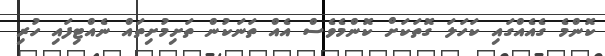
ކޮންމެ ގެއެއްގައި ކަހަލަ ގޮތަކަށް ކޮންމެވެސް އެއް ތަނަކުން ތަށިމުށިތައް ނެއްޓިފައި ހުރި